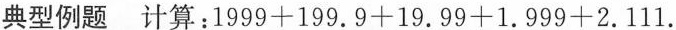
典型例题 计算：$$1 9 9 9 + 1 9 9 . 9 + 1 9 . 9 9 + 1 . 9 9 9 + 2 . 1 1 1$$.